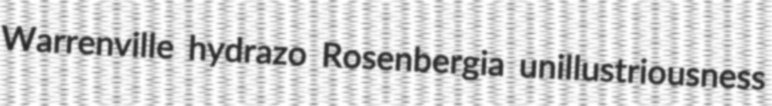
Warrenville hydrazo Rosenbergia unillustriousness